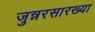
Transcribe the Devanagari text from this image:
जुन्नरसारख्या